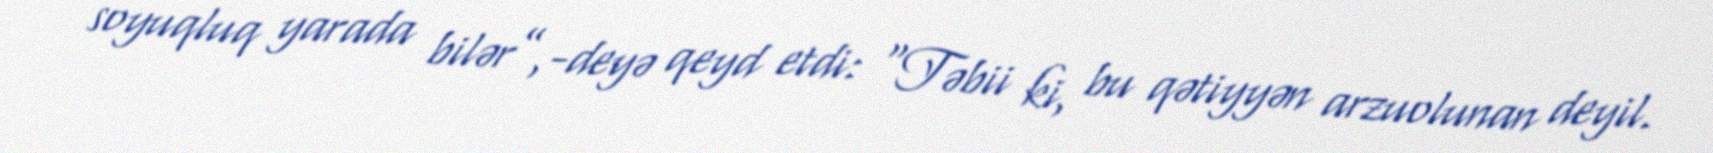
soyuqluq yarada bilər”,-deyə qeyd etdi: “Təbii ki, bu qətiyyən arzuolunan deyil.